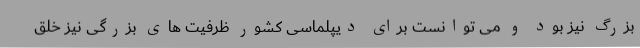
بزرگ نیز بود و می توانست برای دیپلماسی کشور ظرفیت های بزرگی نیز خلق